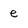
Character: e